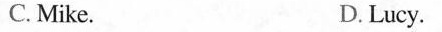
C. Mike. D. Lucy.